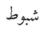
شبوط